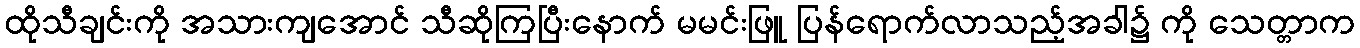
ထိုသီချင်းကို အသားကျအောင် သီဆိုကြပြီးနောက် မမင်းဖြူ ပြန်ရောက်လာသည့်အခါ၌ ကို သေတ္တာက